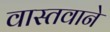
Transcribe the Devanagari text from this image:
वास्तवाने